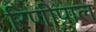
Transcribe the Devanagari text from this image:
रिणीपाल